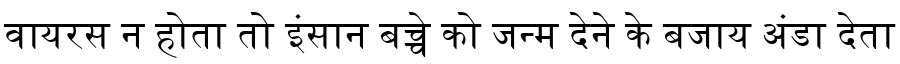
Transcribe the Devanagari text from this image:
वायरस न होता तो इंसान बच्चे को जन्म देने के बजाय अंडा देता